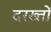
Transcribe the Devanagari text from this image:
दरख्तों